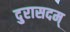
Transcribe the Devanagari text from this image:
दुरासदम्